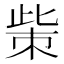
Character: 㭰